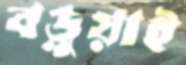
বড়ুয়াই